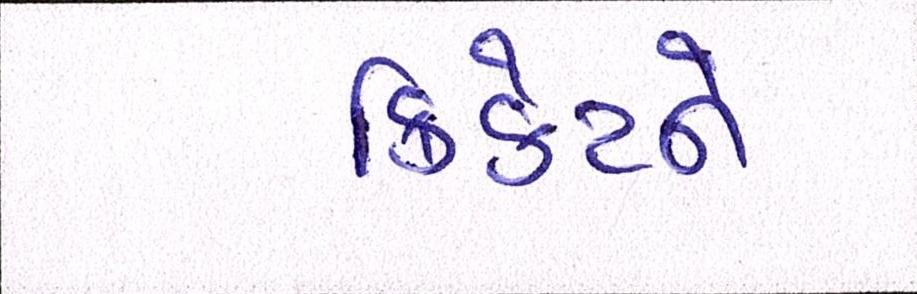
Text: ક્રિકેટને